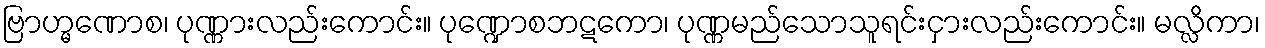
ဗြာဟ္မဏောစ၊ ပုဏ္ဏားလည်းကောင်း။ ပုဏ္ဍောစဘဋကော၊ ပုဏ္ဏမည်သောသူရင်းငှားလည်းကောင်း။ မလ္လိကာ၊